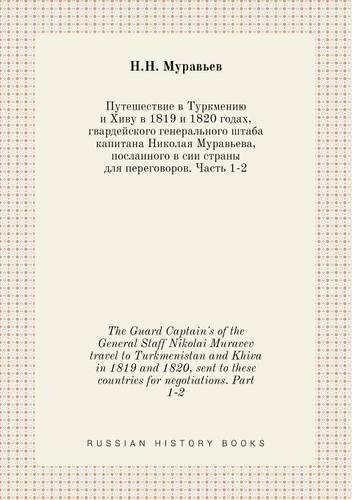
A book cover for The Guard Captain's of the General Staff Nikolai Muravev travel to Turkmenistan and Khiva in 1819 and 1820, sent to these countries for negotiations. Part 1-2 (Russian Edition); N.N. Muravev; Travel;